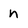
Character: n